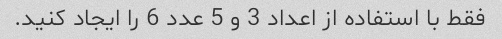
فقط با استفاده از اعداد 3 و 5 عدد 6 را ایجاد کنید.